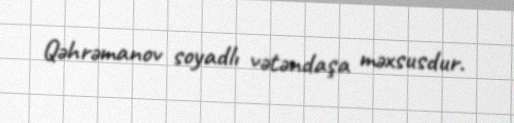
Qəhrəmanov soyadlı vətəndaşa məxsusdur.